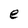
Character: e